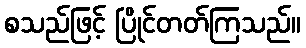
စသည်ဖြင့် ပြိုင်တတ်ကြသည်။